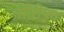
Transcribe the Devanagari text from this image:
सीरीपत